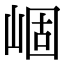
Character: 崓